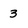
Character: 3